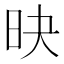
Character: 𣅡